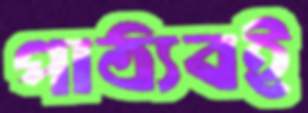
পাঠ্যবই